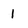
Character: 1